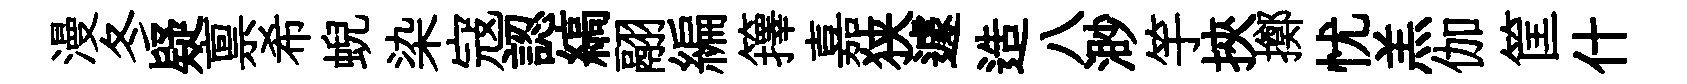
漫冬疑禀希蜺染寇認縞翮編籜嘉狭遽造八渺竽挾擲忧羔伽筐什